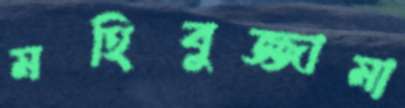
মহিবুজ্জামা